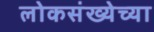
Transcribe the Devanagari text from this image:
लोकसंख्‍येच्‍या